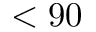
< 9 0